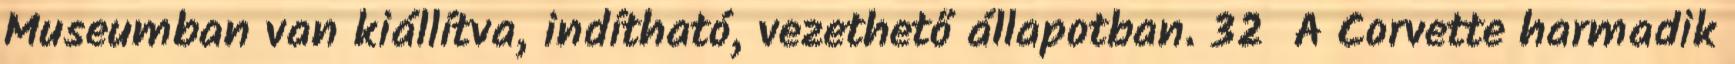
Museumban van kiállítva, indítható, vezethető állapotban. 32 A Corvette harmadik